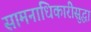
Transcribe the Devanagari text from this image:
सामनाधिकारीसुद्धा